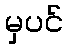
မှပင်